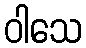
ဝါသေ